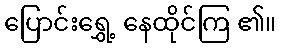
ပြောင်းရွှေ့ နေထိုင်ကြ ၏။